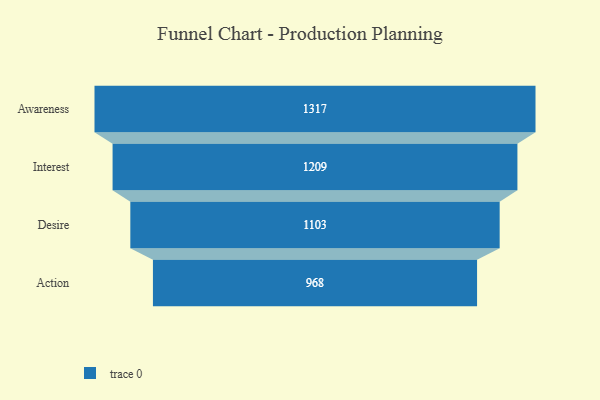
{"axis": {"x": "Stage", "y": "Value"}, "legend": [""], "data": [{"x": "Awareness", "y": 1317.0, "type": ""}, {"x": "Interest", "y": 1209.0, "type": ""}, {"x": "Desire", "y": 1103.0, "type": ""}, {"x": "Action", "y": 968.0, "type": ""}]}